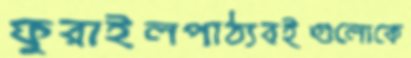
ফুরাইলপাঠ্যবইগুলোকে